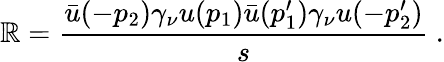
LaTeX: \mathbb{R}=\frac{{\bar{{u}}(-p_{2})\gamma_{\nu}u(p_{1})\bar{{u}}(p_{1}^{\prime})\gamma_{\nu}u(-p_{2}^{\prime})}}{{s}}~.